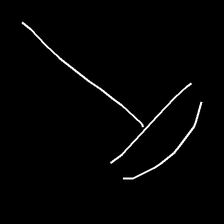
Glyph: dispersion